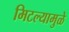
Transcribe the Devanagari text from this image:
मिटल्यामुळे